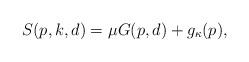
LaTeX: \begin{align*} S(p, k, d)=\mu G(p, d) + g_{\kappa}(p) , \end{align*}